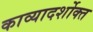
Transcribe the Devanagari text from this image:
काव्यादर्शोक्त